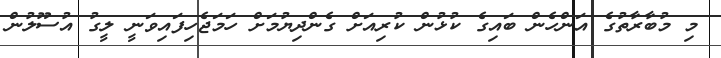
މި މުބާރާތުގެ އަންހެން ބައިގެ ކުޅުން ކުރިއަށް ގެންދިޔުމަށް ހަމަޖެހިފައިވަނީ ލީގު އުސޫލުން